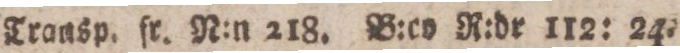
Transp. fr. N:n 218. B:co R:dr 112: 24.